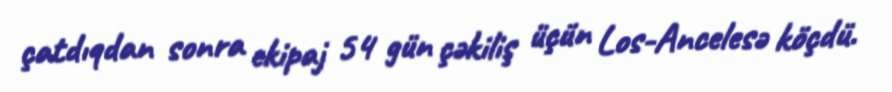
çatdıqdan sonra ekipaj 54 gün çəkiliş üçün Los-Ancelesə köçdü.